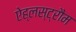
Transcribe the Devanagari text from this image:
ऐह्लस्ट्रौम